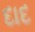
દાદ